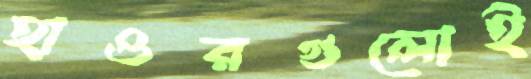
হাওরগুলোই